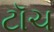
ટૉચ